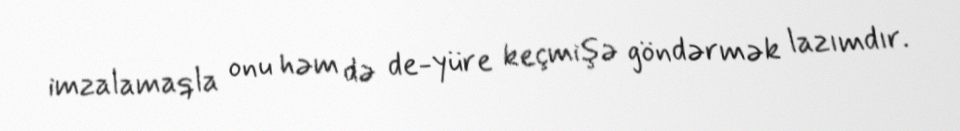
imzalamaqla onu həm də de-yüre keçmişə göndərmək lazımdır.